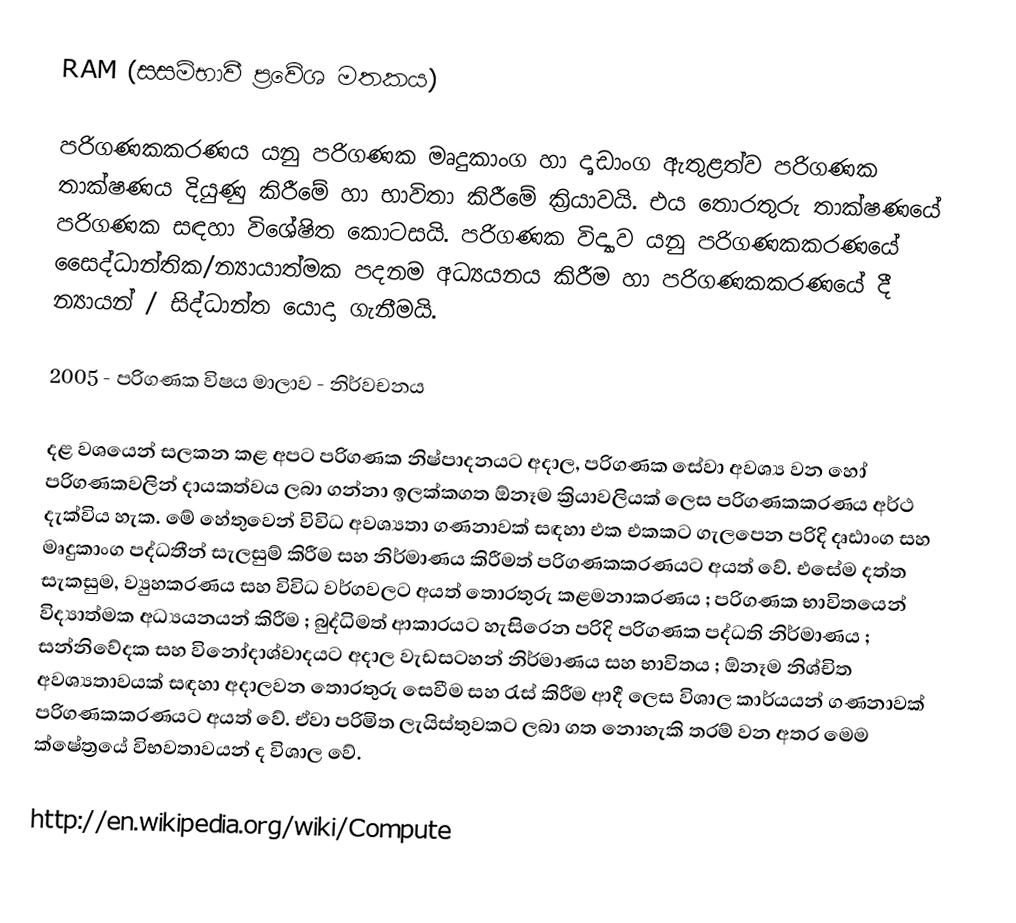
RAM (සසම්භාවී ප්‍රවේශ මතකය)

පරිගණකකරණය යනු පරිගණක මෘදුකාංග හා දෘඩාංග ඇතුළත්ව පරිගණක තාක්ෂණය දියුණු කිරීමේ හා භාවිතා කිරීමේ ක්‍රියාවයි. එය තොරතුරු තාක්ෂණයේ පරිගණක සඳහා විශේෂිත කොටසයි. පරිගණක විද්‍යාව යනු පරිගණකකරණයේ සෛද්ධාන්තික/න්‍යායාත්මක පදනම අධ්‍යයන‍ය කිරීම හා පරිගණකකරණයේ දී න්‍යායන් / සිද්ධාන්ත යොදා ගැ‍නීමයි.

2005 - පරිගණක විෂය මාලාව - නිර්වචනය

දළ වශයෙන් සලකන කළ අපට පරිගණක නිෂ්පාදනයට අදාල, පරිගණක සේවා අවශ්‍ය වන හෝ පරිගණකවලින් දායකත්වය ලබා ගන්නා ඉලක්කගත ‍ඕනෑම ක්‍රියාවලියක් ලෙස පරිගණකකරණය අර්ථ දැක්විය හැක. මේ හේතුවෙන් විවිධ අවශ්‍යතා ගණනාවක් සඳහා එක එකකට ගැලපෙන පරිදි දෘඪාංග සහ මෘදුකාංග පද්ධතීන් සැලසුම් කිරීම සහ නිර්මාණය කිරීමත් පරිගණකකරණයට අයත් වේ. එසේම දත්ත සැකසුම, ව්‍යුහකරණය සහ විවිධ වර්ගවලට අයත් තොරතුරු කළමනාකරණය ; පරිගණක භාවිතයෙන් විද්‍යාත්මක අධ්‍යයනයන් කිරීම ; බුද්ධිමත් ආකාරයට හැසිරෙන පරිදි පරිගණක පද්ධති නිර්මාණය ; සන්නිවේදක සහ විනෝදාශ්වාදයට අදාල වැඩසටහන් නිර්මාණය සහ භාවිතය ; ඕනෑම නිශ්චිත අවශ්‍යතාවයක් සඳහා අදාලවන තොරතුරු සෙවීම සහ රැස් කිරීම ආදී ලෙස විශාල කාර්යයන් ගණනාවක් පරිගණකකරණයට අයත් වේ. ඒවා පරිමිත ලැයිස්තුවකට ලබා ගත නොහැකි තරම් වන අතර මෙම ක්ෂේත්‍රයේ විභවතාවයන් ද විශාල වේ.

http://en.wikipedia.org/wiki/Compute